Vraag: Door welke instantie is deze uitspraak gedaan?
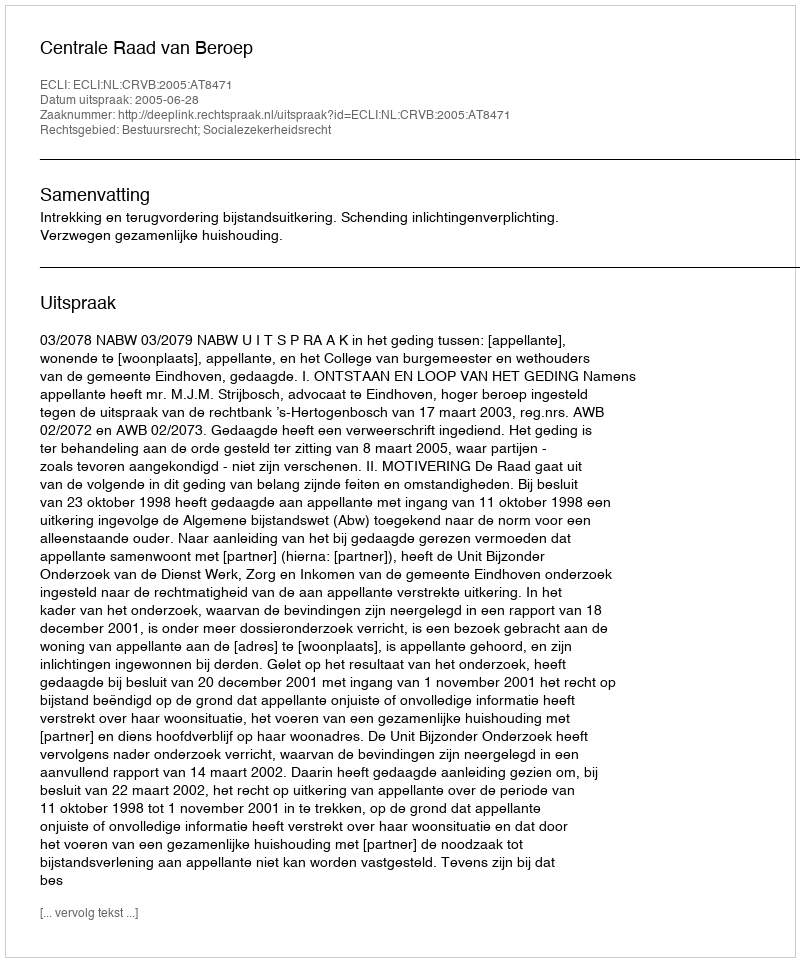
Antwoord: Centrale Raad van Beroep